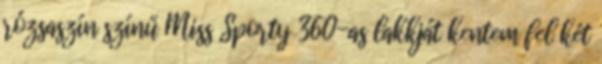
rózsaszín színű Miss Sporty 360-as lakkját kentem fel két